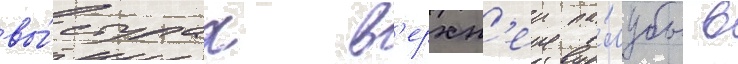
вы́ступах в'ерхн'еи па́лубы в